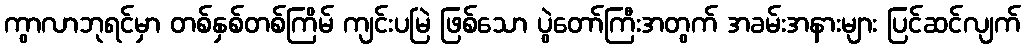
ကွာလာဘုရင်မှာ တစ်နှစ်တစ်ကြိမ် ကျင်းပမြဲ ဖြစ်သော ပွဲတော်ကြီးအတွက် အခမ်းအနားများ ပြင်ဆင်လျက်